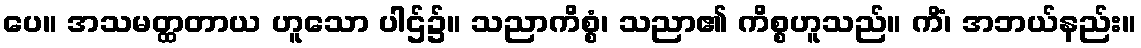
ပေ။ အသမတ္ထတာယ ဟူသော ပါဌ်၌။ သညာကိစ္စံ၊ သညာ၏ ကိစ္စဟူသည်။ ကိံ၊ အဘယ်နည်း။